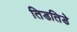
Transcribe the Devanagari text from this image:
तिडतिडे